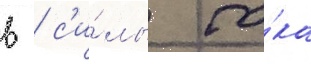
в / с'и́лы то́ка